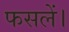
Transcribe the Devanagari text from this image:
फसलें।